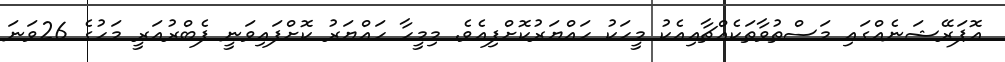
އޮޕަރޭޝަނެއްގައި މަސްތުވާތަކެއްޗާއިއެކު މީހަކު ހައްޔަރުކޮށްފިއެވެ. މިމީހާ ހައްޔަރު ކޮށްފައިވަނީ ފެބްރުއަރީ މަހުގެ 26ވަނަ